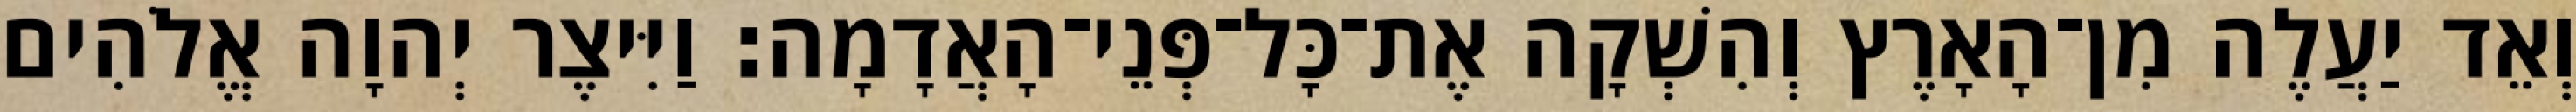
וְאֵד יַעֲלֶה מִן־הָאָרֶץ וְהִשְׁקָה אֶת־כָּל־פְּנֵי־הָאֲדָמָה׃ וַיִּיצֶר יְהוָה אֱלֹהִים